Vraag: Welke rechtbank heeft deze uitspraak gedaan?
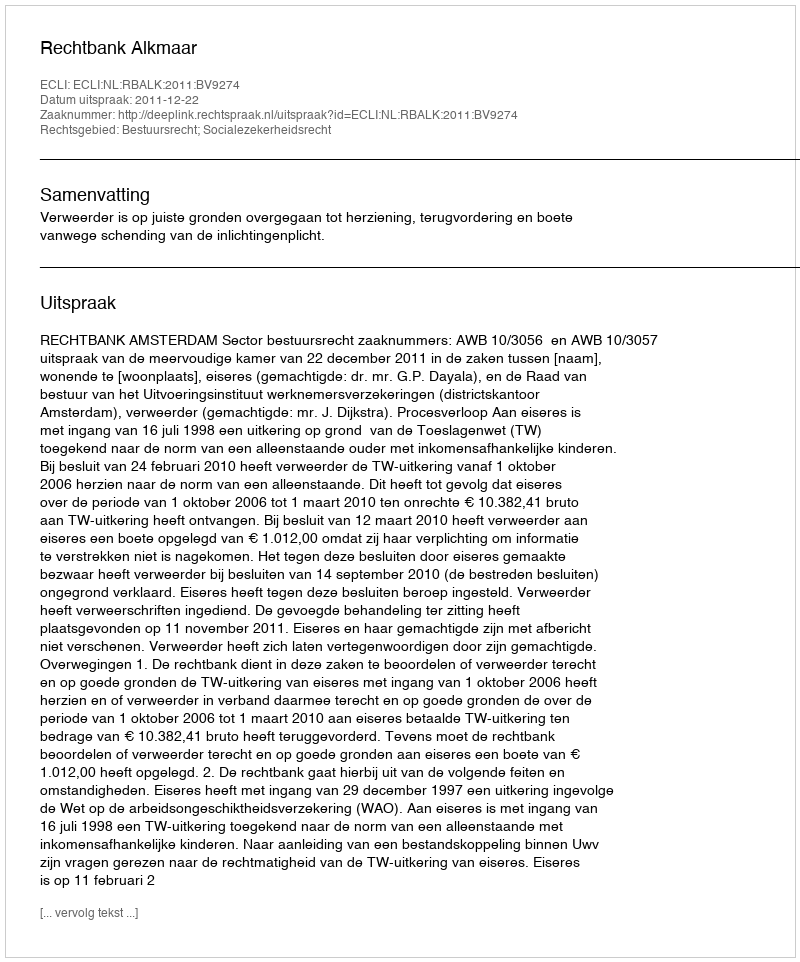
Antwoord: Rechtbank Alkmaar